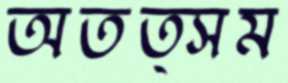
অতত্সম